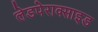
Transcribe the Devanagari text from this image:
लेडपेराक्साइड